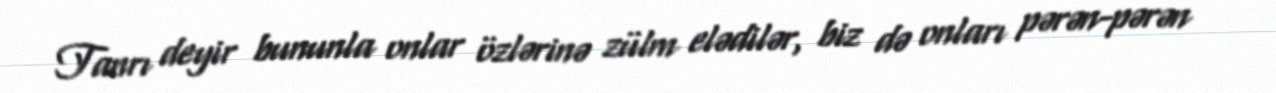
Tanrı deyir bununla onlar özlərinə zülm elədilər, biz də onları pərən-pərən